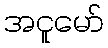
အငူမော်